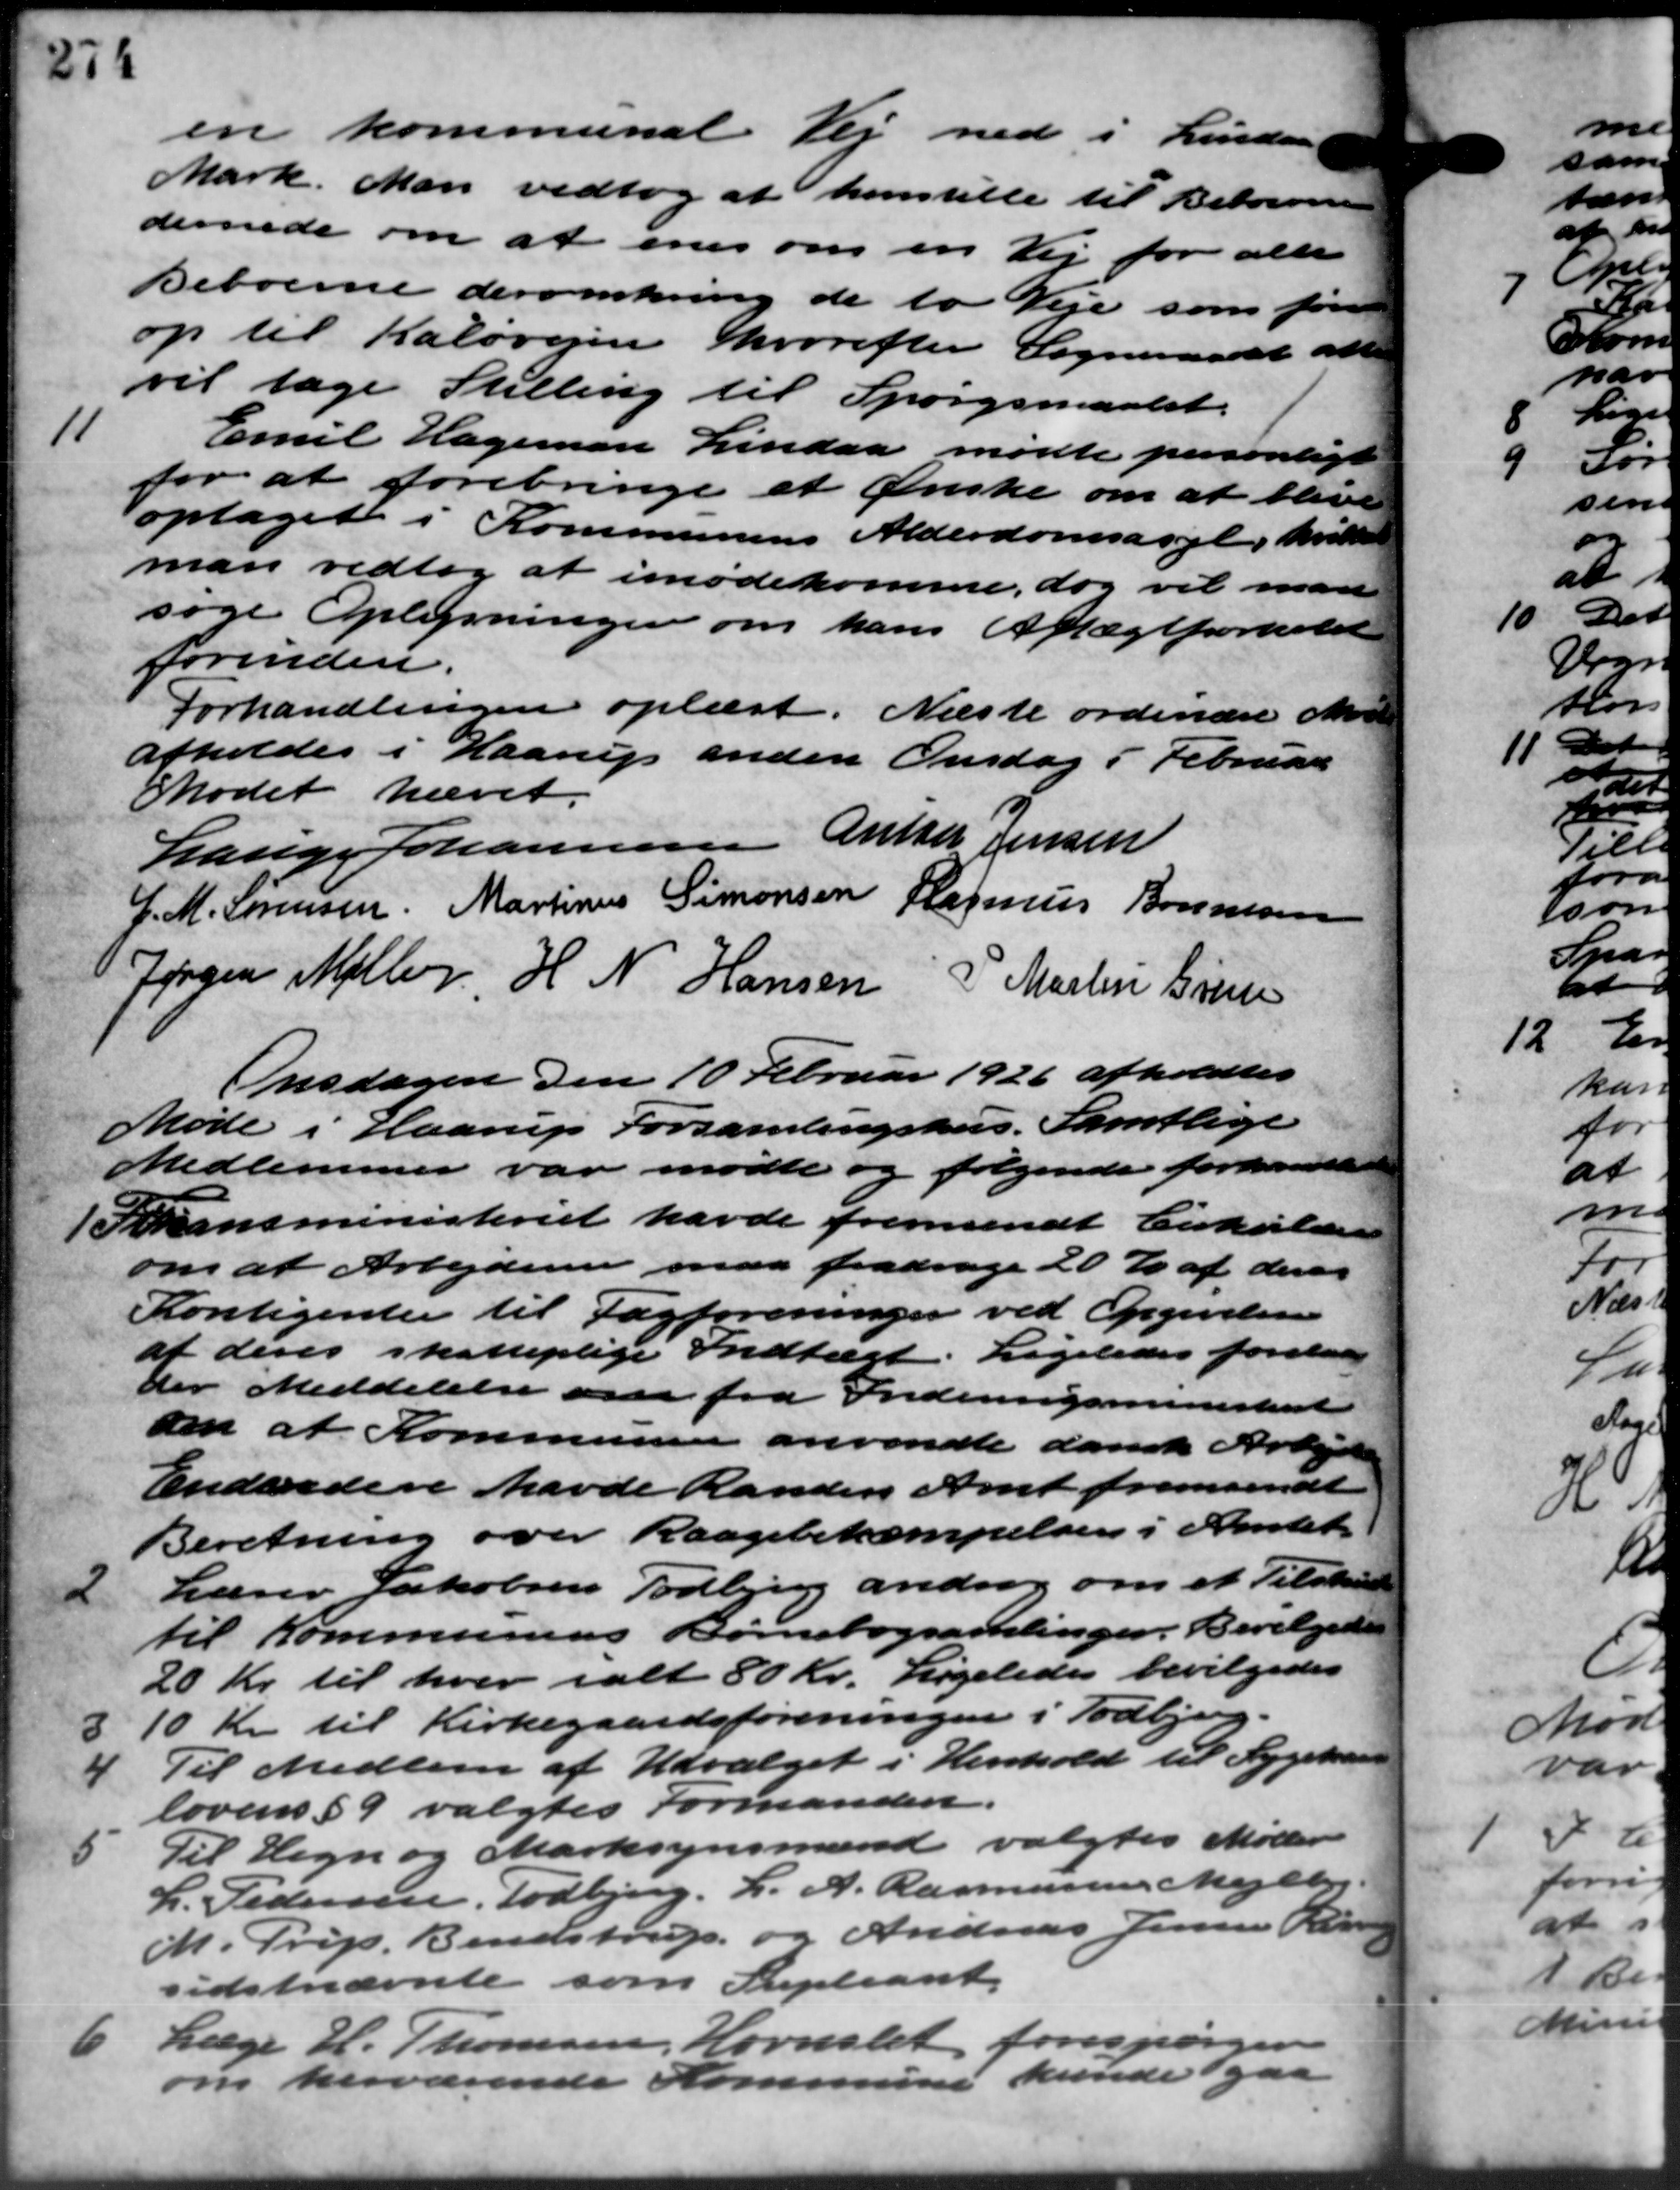
Transskription:
en kommunal Vej ned i Lindaa
Mark. Man vedtog at henstille til Beboerne
dernede om at enes om en Vej for alle
Beboerne deromkring de to Veje som føre
op til Kaløvejen hvorefter Sogneraadet att
vil tage Stilling til Spørgsmaalet.
11
Emil Hageman Lindaa mødte personligt
at forebringe et Ønske om at blive
Toptaget i Kommunens Alderdomsasyl, hvilket
man vedtog at imødekomme, dog vil man
søge Oplysninger om hans Aftægt forhold
forinden.
Forhandlingen oplæst. Næste ordinære Møde
afholdes i Haarup anden Onsdag i Februar
Mødet hævet.
Lauge Johannesen Anter Jensen
J. M. Sørensen. Martinus Simonsen Rasmus Bonnesen
Jørgen Møller H. N. Hansen
P. Martin Grun
Onsdagen den 10 Februar 1926 afholdtes
Møde i Haarup Forsamlingshus. Samtlige
Medlemmer var mødte og følgende forhandledes
Foransministeriet havde fremsendt Cirkulære
Foransministeriet havde fremsendt Cirkulære
om at Arbejderne maa fradrage 20 % af deres
Kontigenter til Fagforeninger ved Opgivelsen
af deres skatteplige Indtægt. Ligeledes forelaa
der Meddelelse om fra Indenrigsministeriet
om at Kommunen anvendte dansk Arbejde
Endvidere havde Randers Amt fremsendt
Beretning over Raagebekæmpelsen i Amtet
2
Lærer Jakobsen Todbjerg androg om et Tilskud
til Kommunens Børnebogsamlinger. Bevilgedes
20 Kr. til hver ialt 80 Kr. Ligeledes bevilgedes
3
10 Kr. til Kirkegaardsforeningen i Todbjerg.
4
Til Medlem af Udvalget i Henhold til Sygekasse
lovens § 9 valgtes Formanden.
5
Til Hegn og Marksynsmænd valgtes Møller
L. Pedersen, Todbjerg, L. A. Rasmussen Mejlby
M. Trijs, Bendstrup og Andreas Jensen Res
sidstnævnte som Supleant.
6
Læge H. Thomsen, Hornslet forespørg
om herværende Kommune kunde gaa